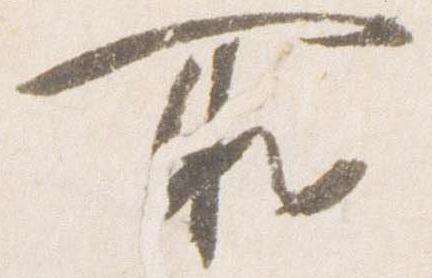
所